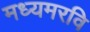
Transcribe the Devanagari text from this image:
मध्यमरवि